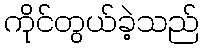
ကိုင်တွယ်ခဲ့သည်